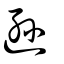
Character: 遜